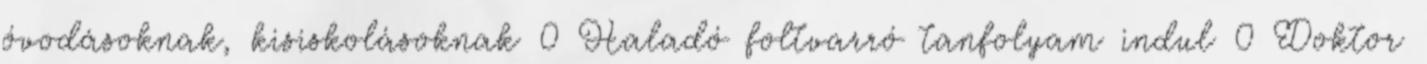
óvodásoknak, kisiskolásoknak 0 Haladó foltvarró tanfolyam indul 0 Doktor